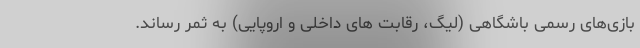
بازی‌های رسمی باشگاهی (لیگ، رقابت های داخلی و اروپایی) به ثمر رساند.